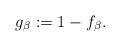
LaTeX: \begin{align*} g_\beta:=1-f_\beta.\end{align*}